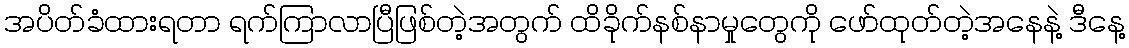
အပိတ်ခံထားရတာ ရက်ကြာလာပြီဖြစ်တဲ့အတွက် ထိခိုက်နစ်နာမှုတွေကို ဖော်ထုတ်တဲ့အနေနဲ့ ဒီနေ့